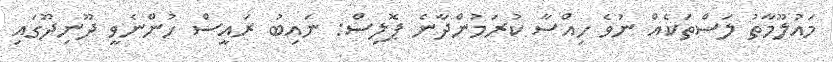
މައުލޫމާތު ލަސްތަކެއް ނުވެ ހިއްސާ ކުރަމުންދާނެ ޕޮލިސް: ނައިބު ރައީސް ހުންނެވީ ދޫނިދޫގައި